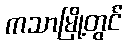
ကသာမြို့တွင်